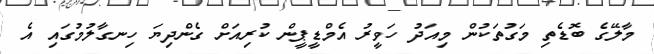
މާލޭގެ ބޮޑެތި މަގުތަކުން މިއަދު ހަވީރު އެމްޑީޕީން ކުރިއަށް ގެންދިޔަ ހިނގާލުމުގައި އެ